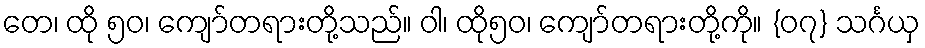
တေ၊ ထို ၅၀၊ ကျော်တရားတို့သည်။ ဝါ၊ ထို၅၀၊ ကျော်တရားတို့ကို။ {၀၇} သင်္ဂယှ